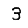
Digit: 3